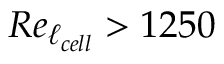
R e _ { \ell _ { c e l l } } > 1 2 5 0